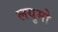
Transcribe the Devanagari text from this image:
लयुमो